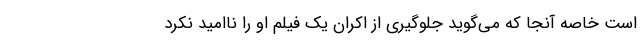
است خاصه آنجا که می‌گوید جلوگیری از اکران یک فیلم او را ناامید نکرد